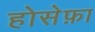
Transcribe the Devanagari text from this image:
होसेफ़ा